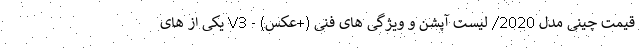
قیمت چینی مدل 2020/ لیست آپشن و ویژگی های فنی (+عکس) - V3 یکی از های